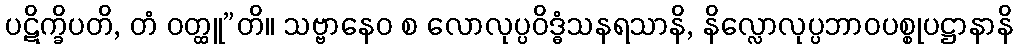
ပဋိက္ခိပတိ, တံ ဝတ္ထူ”တိ။ သဗ္ဗာနေဝ စ လောလုပ္ပဝိဒ္ဓံသနရသာနိ, နိလ္လောလုပ္ပဘာဝပစ္စုပဋ္ဌာနာနိ